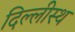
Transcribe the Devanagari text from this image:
दिल्लीस्थ